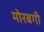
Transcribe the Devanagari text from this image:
मोरबगी